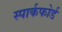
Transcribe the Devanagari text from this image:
स्पार्कफोर्ड